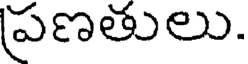
ప్రణతులు.